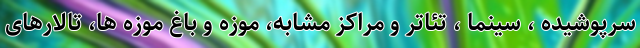
سرپوشیده ، سینما ، تئاتر و مراکز مشابه، موزه و باغ موزه ها، تالارهای